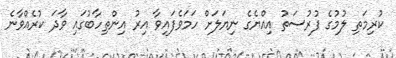
ކުރިމަތި ލުމުގެ ފުރުސަތު އިއްޔެގެ ނިޔަލަށް ހަމަވެފައިވާ އިރު އިންތިހާބުގައި ވާދަ ކުރެއްވާނެ